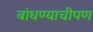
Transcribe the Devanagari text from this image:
बांधण्याचीपण